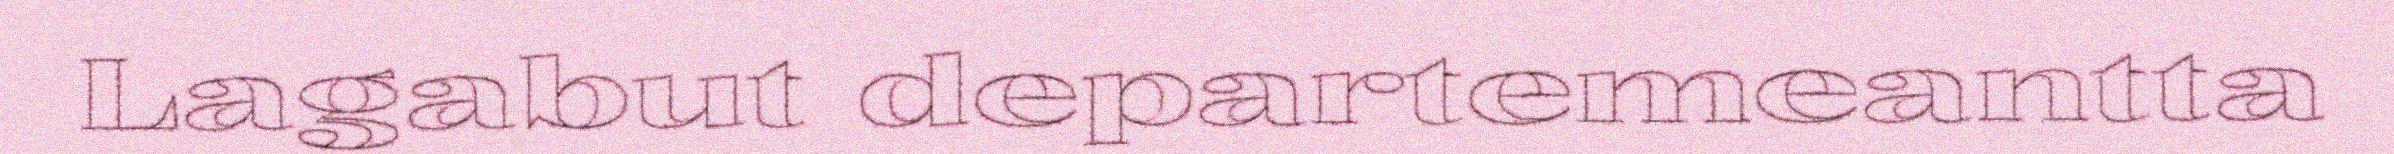
Lagabut departemeantta